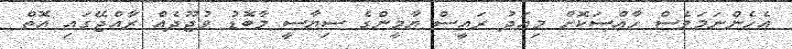
އެހެންނަމަވެސް ހާއްސަކޮށް މިއަދު ރައީސް ޔާމީންގެ ސިޔާސީ މާބޮޑު ވުޖޫދެއް ރާއްޖޭގައި އޮތް